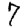
Digit: 7